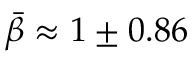
\bar { \beta } \approx 1 \pm 0 . 8 6